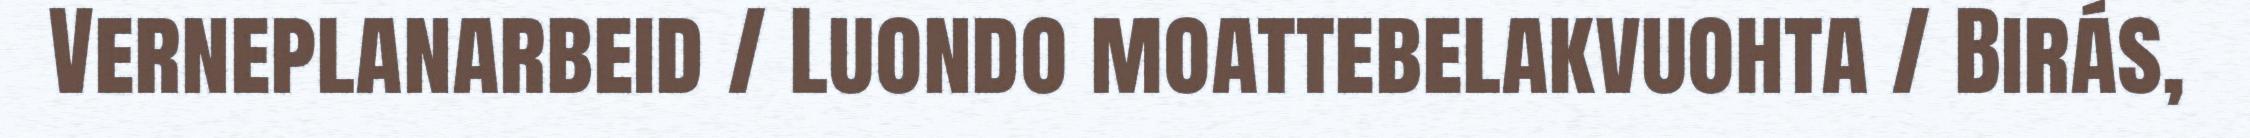
Verneplanarbeid / Luondo moattebelakvuohta / Birás,